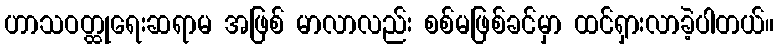
ဟာသဝတ္ထုရေးဆရာမ အဖြစ် မာလာလည်း စစ်မဖြစ်ခင်မှာ ထင်ရှားလာခဲ့ပါတယ်။